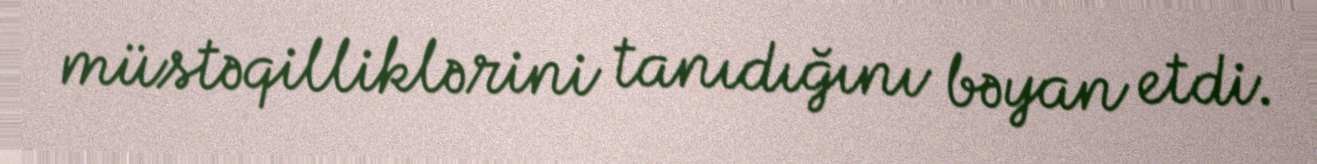
müstəqilliklərini tanıdığını bəyan etdi.